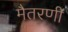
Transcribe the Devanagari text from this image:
मैतरणी